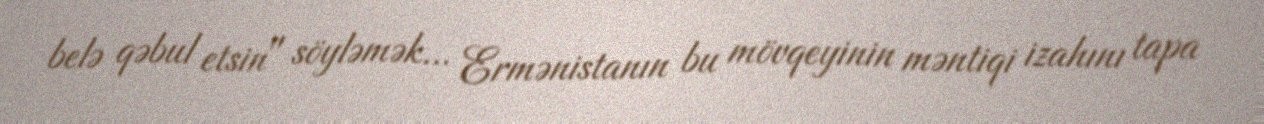
belə qəbul etsin" söyləmək... Ermənistanın bu mövqeyinin məntiqi izahını tapa